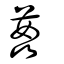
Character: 葌